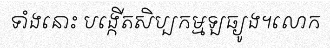
ទាំងនោះ បង្កើតសិប្បកម្មឡធ្យូង។លោក